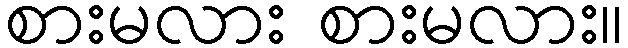
စားမလား စားမလား။